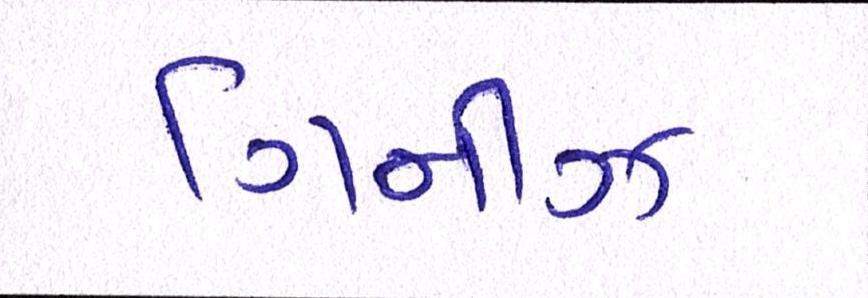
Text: ગિનીઝ